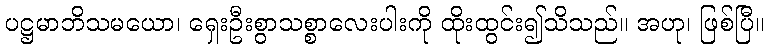
ပဋ္ဌမာဘိသမယော၊ ရှေးဦးစွာသစ္စာလေးပါးကို ထိုးထွင်း၍သိသည်။ အဟု၊ ဖြစ်ပြီ။